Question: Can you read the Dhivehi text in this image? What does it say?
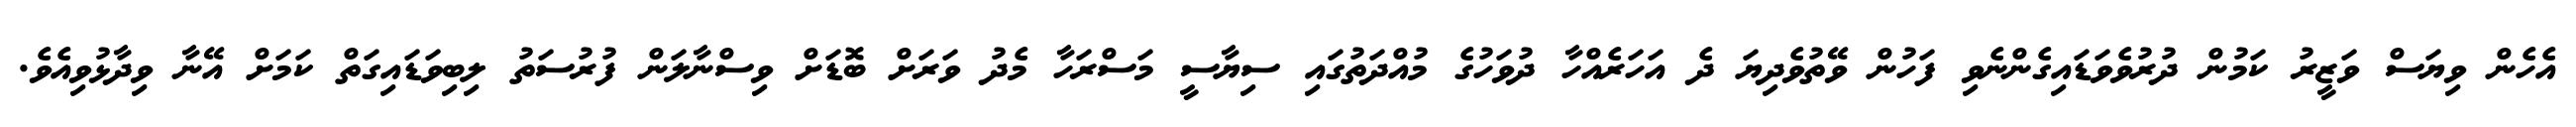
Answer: އެހެން ވިޔަސް ވަޒީރު ކަމުން ދުރުވެވަޑައިގެންނެވި ފަހުން ވޭތުވެދިޔަ ދެ އަހަރެއްހާ ދުވަހުގެ މުއްދަތުގައި ސިޔާސީ މަސްރަހާ މެދު ވަރަށް ބޮޑަށް ވިސްނާލަން ފުރުސަތު ލިބިވަޑައިގަތް ކަމަށް އޭނާ ވިދާޅުވިއެވެ.